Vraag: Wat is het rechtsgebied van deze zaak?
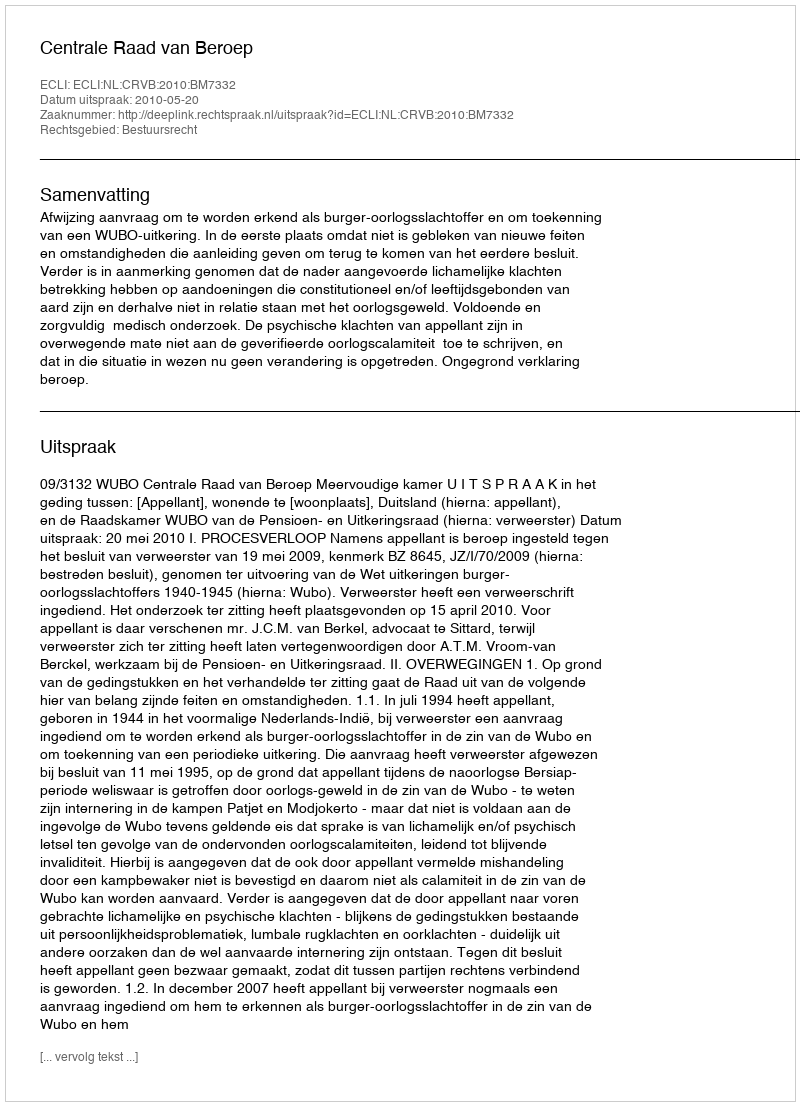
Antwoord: Bestuursrecht